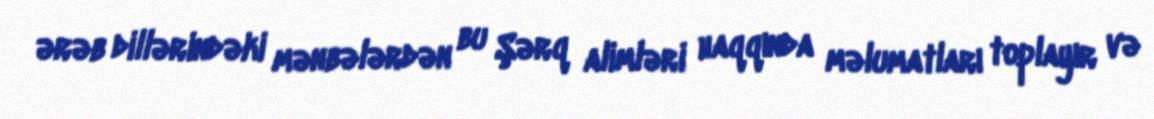
ərəb dillərindəki mənbələrdən bu Şərq alimləri haqqında məlumatları toplayır və